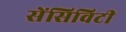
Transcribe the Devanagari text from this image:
सेंसिविटी